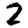
Digit: 2